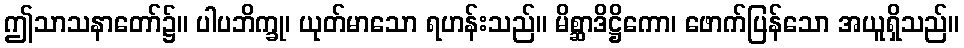
ဤသာသနာတော်၌။ ပါပဘိက္ခု၊ ယုတ်မာသော ရဟန်းသည်။ မိစ္ဆာဒိဋ္ဌိကော၊ ဖောက်ပြန်သော အယူရှိသည်။